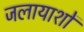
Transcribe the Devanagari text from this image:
जलायाशों